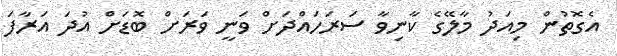
އެގޮތުން މިއަދު މާލޭގެ ކާނިވާ ސަރަހައްދަށް ވަނީ ވަރަށް ބޮޑަށް އުދަ އަރާފަ